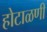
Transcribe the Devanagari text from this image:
होटाळणी